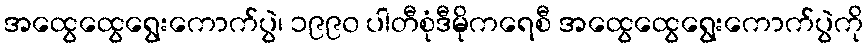
အထွေထွေရွေးကောက်ပွဲ၊ ၁၉၉၀ ပါတီစုံဒီမိုကရေစီ အထွေထွေရွေးကောက်ပွဲကို